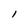
Character: 1